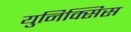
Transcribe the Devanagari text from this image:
युनिक्सिस